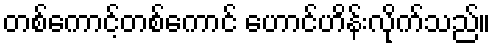
တစ်ကောင့်တစ်ကောင် ဟောင်ဟိန်းလိုက်သည်။